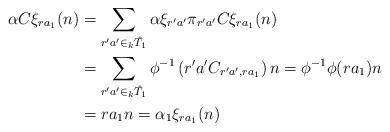
LaTeX: \begin{align*}\alpha C \xi_{ra_{1}}(n)&=\displaystyle \sum_{r'a' \in _{k}\hat{T}_{1}} \alpha \xi_{r'a'}\pi_{r'a'}C\xi_{ra_{1}}(n) \\&=\displaystyle \sum_{r'a' \in _{k}\hat{T}_{1}} \phi^{-1}\left(r'a'C_{r'a',ra_{1}}\right)n = \phi^{-1}\phi(ra_{1})n \\&=ra_{1}n=\alpha_{1}\xi_{ra_{1}}(n)\end{align*}